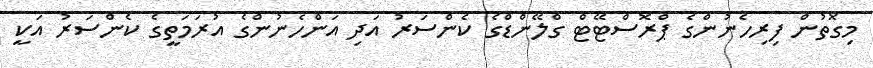
މިގޮތުން ފިރިހެނުންގެ ޕްރޮސްޓޭޓް ގްލޭންޑްގެ ކެންސަރު އަދި އަންހެނުންގެ އުރަމަތީގެ ކެންސަރު އަކީ